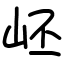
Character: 岯